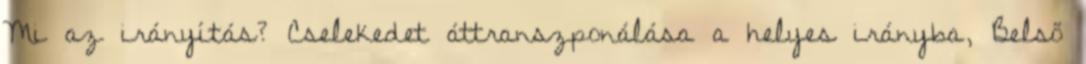
Mi az irányítás? Cselekedet áttranszponálása a helyes irányba, Belső